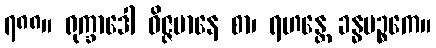
၇၈၈။ ရုက္ခာဒေါ ဝိဇ္ဇမာနေ စာ၊ ရဟန္တေ ခန္ဓပဉ္စကေ။